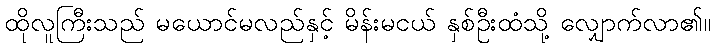
ထိုလူကြီးသည် မယောင်မလည်နှင့် မိန်းမငယ် နှစ်ဦးထံသို့ လျှောက်လာ၏။